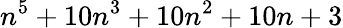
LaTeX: n^{5}+10n^{3}+10n^{2}+10n+3